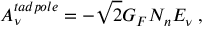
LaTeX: A _ { \nu } ^ { t a d p o l e } = - \sqrt { 2 } G _ { F } N _ { n } E _ { \nu } \; ,